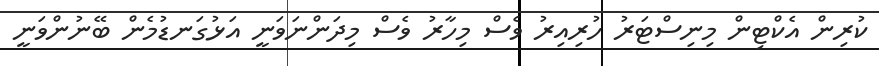
ކުރިން އެކްޓިން މިނިސްޓަރު ހުރިއިރު ވެސް މިހާރު ވެސް މިދަންނަވަނީ އަޅުގަނޑުމެން ބޭނުންވަނީ